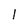
Character: 1